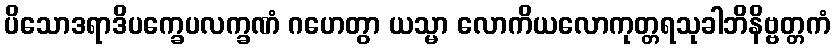
ပိသောဒရာဒိပက္ခေပလက္ခဏံ ဂဟေတွာ ယသ္မာ လောကိယလောကုတ္တရသုခါဘိနိဗ္ဗတ္တကံ